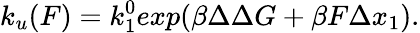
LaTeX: k_{u}(F)=k_{1}^{0}exp(\beta\Delta\Delta G+\beta F\Delta x_{1}).